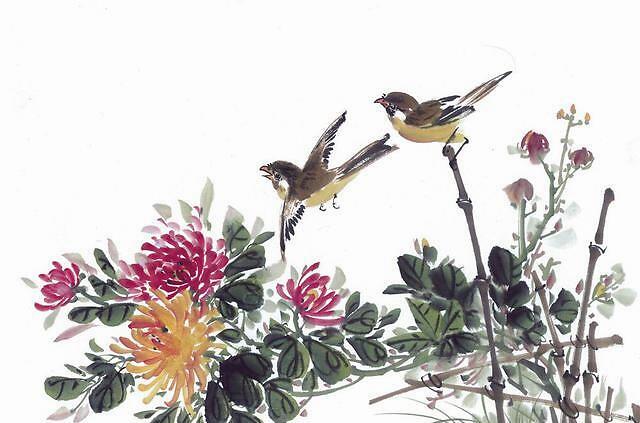
求得人间成小会，试把金尊傍菊丛。